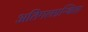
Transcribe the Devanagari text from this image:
अतिगलग्रन्थिता